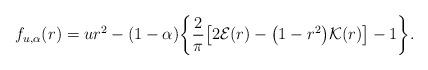
LaTeX: \begin{align*} f_{u,\alpha}(r)=ur^2-(1-\alpha) \biggl\{\frac{2}{\pi}\bigl[2\mathcal{E}(r)-\bigl(1-r^2\bigr) \mathcal{K}(r)\bigr]-1\biggr\}.\end{align*}